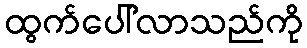
ထွက်ပေါ်လာသည်ကို